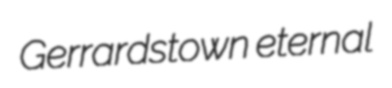
Gerrardstown eternal